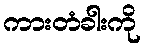
ကားတံခါးကို